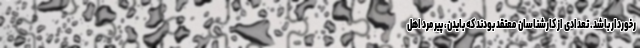
رخوردار باشد. تعدادی از کارشناسان معتقد بودند که بایدن، پیرمرد اهل